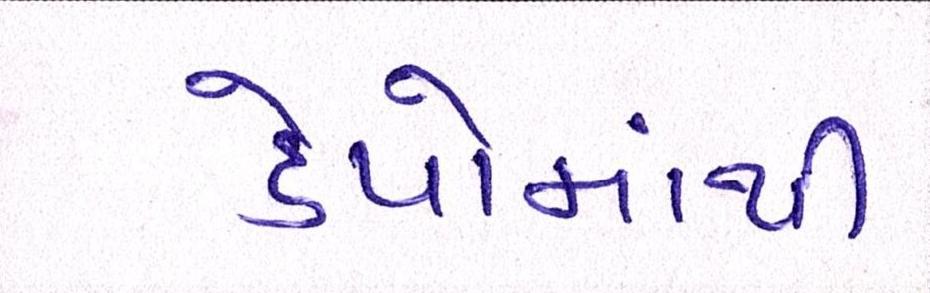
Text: ડેપોમાંથી